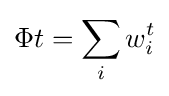
\Phi t=\sum _{i}w_{i}^{t}